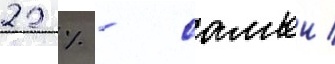
22 % - самыи